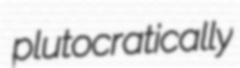
plutocratically